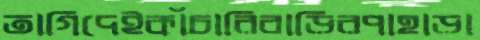
তাগিদেইকাঁচারিবাড়িরপাহাড়া